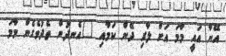
އޭނާ އައީ މާމަ އަށް ލާރި ދޭން ކަމާއި "އެނދުން ތެދުވެގެން މާމަ